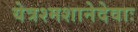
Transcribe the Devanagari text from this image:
येत्रश्मशानेदेवाः